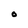
Character: O